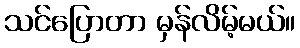
သင်ပြောတာ မှန်လိမ့်မယ်။